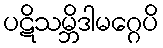
ပဋိသမ္ဘိဒါမဂ္ဂေပိ